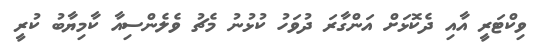
ވިކްޓަރީ އާއި ދެކޮޅަށް އަންގާރަ ދުވަހު ކުޅުނު މެޗު ވެލެންސިއާ ކާމިޔާބު ކުރީ